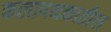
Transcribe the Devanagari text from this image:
कलापथकातील